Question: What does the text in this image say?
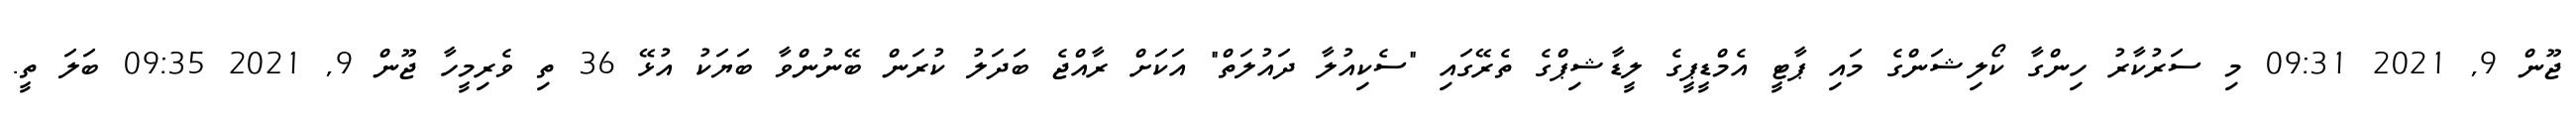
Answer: ޖޫން 9, 2021 09:31 މި ސަރުކާރު ހިންގާ ކޯލިޝަންގެ މައި ޕާޓީ އެމްޑީޕީގެ ލީޑާޝިޕްގެ ތެރޭގައި "ސެކިއުލާ ދައުލަތް" އަކަށް ރާއްޖެ ބަދަލު ކުރަން ބޭނުންވާ ބަޔަކު އުޅޭ 36 ތި ވެރިމީހާ ޖޫން 9, 2021 09:35 ބަލަ ތީ.